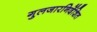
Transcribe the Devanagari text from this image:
गुलजारनिर्देशित